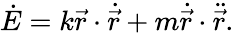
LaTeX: \dot{E}=k{\vec{r}}\cdot\dot{\vec{r}}+m{\dot{\vec{r}}}\cdot\ddot{\vec{r}}.